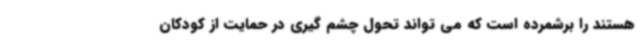
هستند را برشمرده است که می تواند تحول چشم گیری در حمایت از کودکان